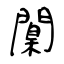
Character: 闑